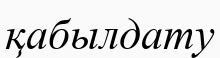
қабылдату